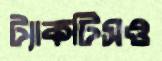
ট্যাকটিসও